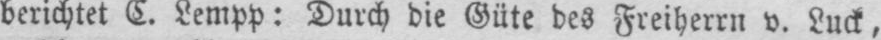
berichtet C. Lempp: Durch die Güte des Freiherrn v. Luck,